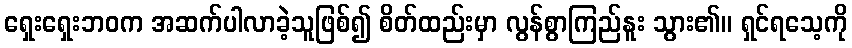
ရှေးရှေးဘဝက အဆက်ပါလာခဲ့သူဖြစ်၍ စိတ်ထည်းမှာ လွန်စွာကြည်နူး သွား၏။ ရှင်ရသေ့ကို